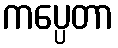
ကပ္ပေတာ